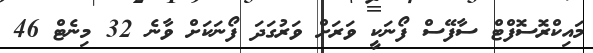
މައިކްރޮސޮފްޓް ސާފޭސް ފޯނަކީ ވަރަށް ވަރުގަދަ ފޯނަކަށް ވާނެ 32 މިނެޓް 46